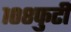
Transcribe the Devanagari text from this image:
१०८फुटी